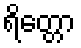
ရိတ္တော